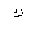
Letter: _kaf